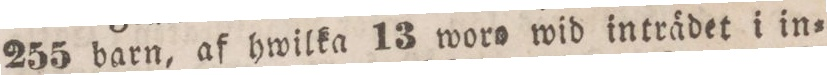
255 barn, af hwilka 13 woro wid inträdet i in=